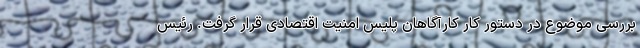
بررسی موضوع در دستور کار کارآگاهان پلیس امنیت اقتصادی قرار گرفت. رئیس